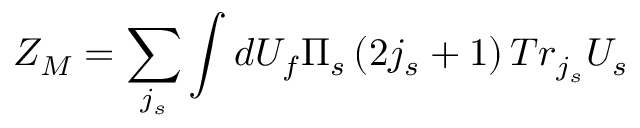
Z _ { M } = \sum _ { j _ { s } } \int d U _ { f } \Pi _ { s } \left( 2 j _ { s } + 1 \right) T r _ { j _ { s } } U _ { s }